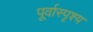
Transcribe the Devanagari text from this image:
पूर्वास्पृश्य